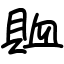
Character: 賉